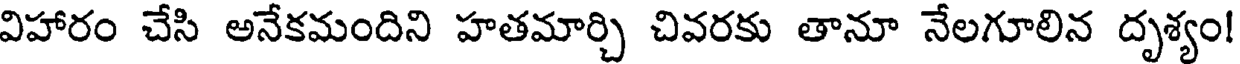
విహారం చేసి అనేకమందిని హతమార్చి చివరకు తానూ నేలగూలిన దృశ్యం